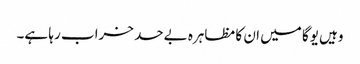
وہیں یوگا میں ان کا مظاہرہ بےحد خراب رہا ہے۔